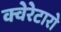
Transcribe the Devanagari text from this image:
क्वेरेटारो